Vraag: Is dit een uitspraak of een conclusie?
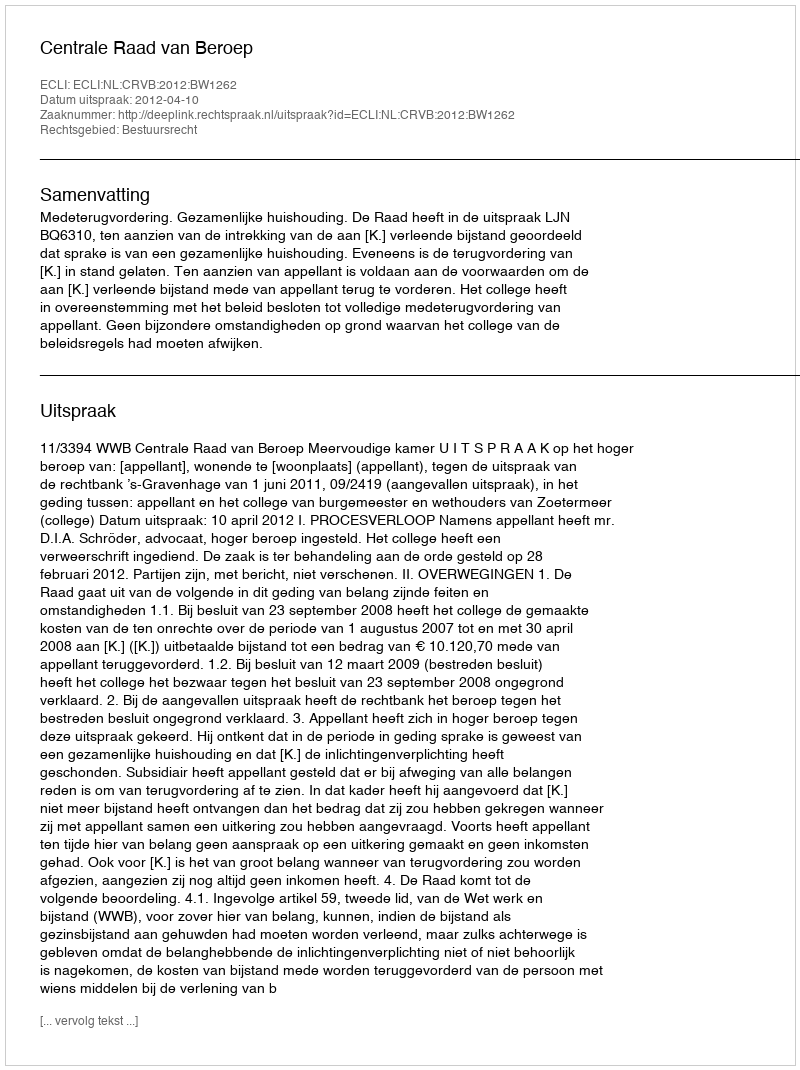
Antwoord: Uitspraak